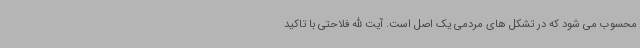
محسوب می شود که در تشکل های مردمی یک اصل است. آیت الله فلاحتی با تاکید